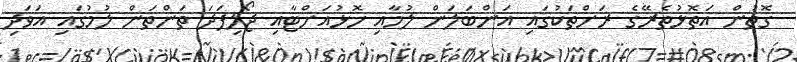
ގޮތުން އަތޮޅުތެރޭގެ ރަށްތަކުގައި އަންބަލަން ލުމާއި ހޮޅުއަށްޓާއި ޖޯލިފަދަ ތަންތަން ލުމުގައި އަވަދި